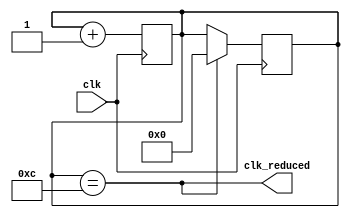
module clk_div#(parameter X = 12)(input wire clk, output wire clk_reduced);
   reg [$clog2(X):0] counter = 0;

   assign clk_reduced = counter == X;

   always @(posedge clk)
     begin
        counter <= counter + 1;
     end

   always @(negedge clk)
     begin
        if (clk_reduced)
          counter <= 0;
     end
endmodule